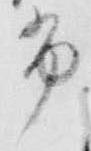
布